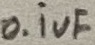
Text: 0.1uF